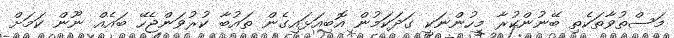
މަސްތުވާތަކެތި ބޭނުންކުރާ މީހުންނަކީ ގަދަކަމުން އޮބިއަޅައިގެން ތައުބާ ކުރުވަންޖެހޭ ބައެއް ނޫން ކަމަށް